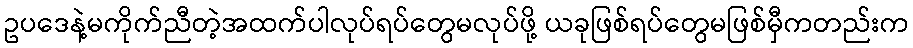
ဥပဒေနဲ့မကိုက်ညီတဲ့အထက်ပါလုပ်ရပ်တွေမလုပ်ဖို့ ယခုဖြစ်ရပ်တွေမဖြစ်မှီကတည်းက